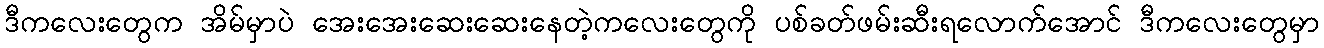
ဒီကလေးတွေက အိမ်မှာပဲ အေးအေးဆေးဆေးနေတဲ့ကလေးတွေကို ပစ်ခတ်ဖမ်းဆီးရလောက်အောင် ဒီကလေးတွေမှာ